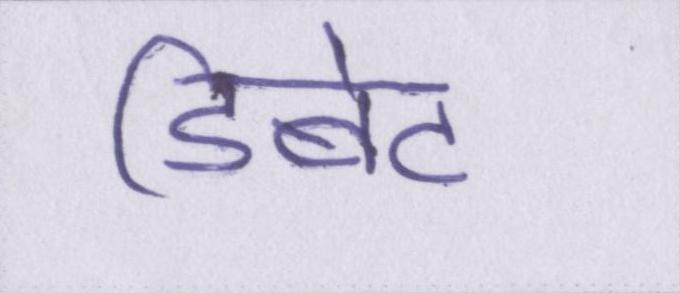
डिबेट